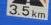
3.5km